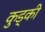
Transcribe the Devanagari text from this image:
कुड्की